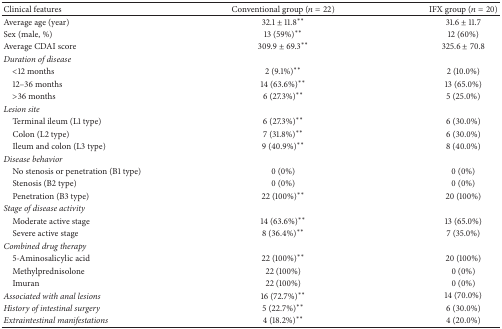
<table><thead><tr><td><b>Clinical features</b></td><td><b>Conventional group (<i>n</i> = 22)</b></td><td><b>IFX group (<i>n</i> = 20)</b></td></tr></thead><tbody><tr><td>Average age (year)</td><td>32.1 ± 11.8<sup><i>∗∗</i></sup></td><td>31.6 ± 11.7</td></tr><tr><td>Sex (male, %)</td><td>13 (59%)<sup><i>∗∗</i></sup></td><td>12 (60%)</td></tr><tr><td>Average CDAI score</td><td>309.9 ± 69.3<sup><i>∗∗</i></sup></td><td>325.6 ± 70.8</td></tr><tr><td><i>Duration of disease</i></td><td> </td><td> </td></tr><tr><td> &lt;12 months</td><td>2 (9.1%)<sup><i>∗∗</i></sup></td><td>2 (10.0%)</td></tr><tr><td> 12–36 months</td><td>14 (63.6%)<sup><i>∗∗</i></sup></td><td>13 (65.0%)</td></tr><tr><td> &gt;36 months</td><td>6 (27.3%)<sup><i>∗∗</i></sup></td><td>5 (25.0%)</td></tr><tr><td><i>Lesion site</i></td><td> </td><td> </td></tr><tr><td> Terminal ileum (L1 type)</td><td>6 (27.3%)<sup><i>∗∗</i></sup></td><td>6 (30.0%)</td></tr><tr><td> Colon (L2 type)</td><td>7 (31.8%)<sup><i>∗∗</i></sup></td><td>6 (30.0%)</td></tr><tr><td> Ileum and colon (L3 type)</td><td>9 (40.9%)<sup><i>∗∗</i></sup></td><td>8 (40.0%)</td></tr><tr><td><i>Disease behavior</i></td><td> </td><td> </td></tr><tr><td> No stenosis or penetration (B1 type)</td><td>0 (0%)</td><td>0 (0%)</td></tr><tr><td> Stenosis (B2 type)</td><td>0 (0%)</td><td>0 (0%)</td></tr><tr><td> Penetration (B3 type)</td><td>22 (100%)<sup><i>∗∗</i></sup></td><td>20 (100%)</td></tr><tr><td><i>Stage of disease activity</i></td><td> </td><td> </td></tr><tr><td> Moderate active stage</td><td>14 (63.6%)<sup><i>∗∗</i></sup></td><td>13 (65.0%)</td></tr><tr><td> Severe active stage</td><td>8 (36.4%)<sup><i>∗∗</i></sup></td><td>7 (35.0%)</td></tr><tr><td><i>Combined drug therapy</i></td><td> </td><td> </td></tr><tr><td> 5-Aminosalicylic acid</td><td>22 (100%)<sup><i>∗∗</i></sup></td><td>20 (100%)</td></tr><tr><td> Methylprednisolone</td><td>22 (100%)</td><td>0 (0%)</td></tr><tr><td> Imuran</td><td>22 (100%)</td><td>0 (0%)</td></tr><tr><td><i>Associated with anal lesions</i></td><td>16 (72.7%)<sup><i>∗∗</i></sup></td><td>14 (70.0%)</td></tr><tr><td><i>History of intestinal surgery</i></td><td>5 (22.7%)<sup><i>∗∗</i></sup></td><td>6 (30.0%)</td></tr><tr><td><i>Extraintestinal manifestations</i></td><td>4 (18.2%)<sup><i>∗∗</i></sup></td><td>4 (20.0%)</td></tr></tbody></table>